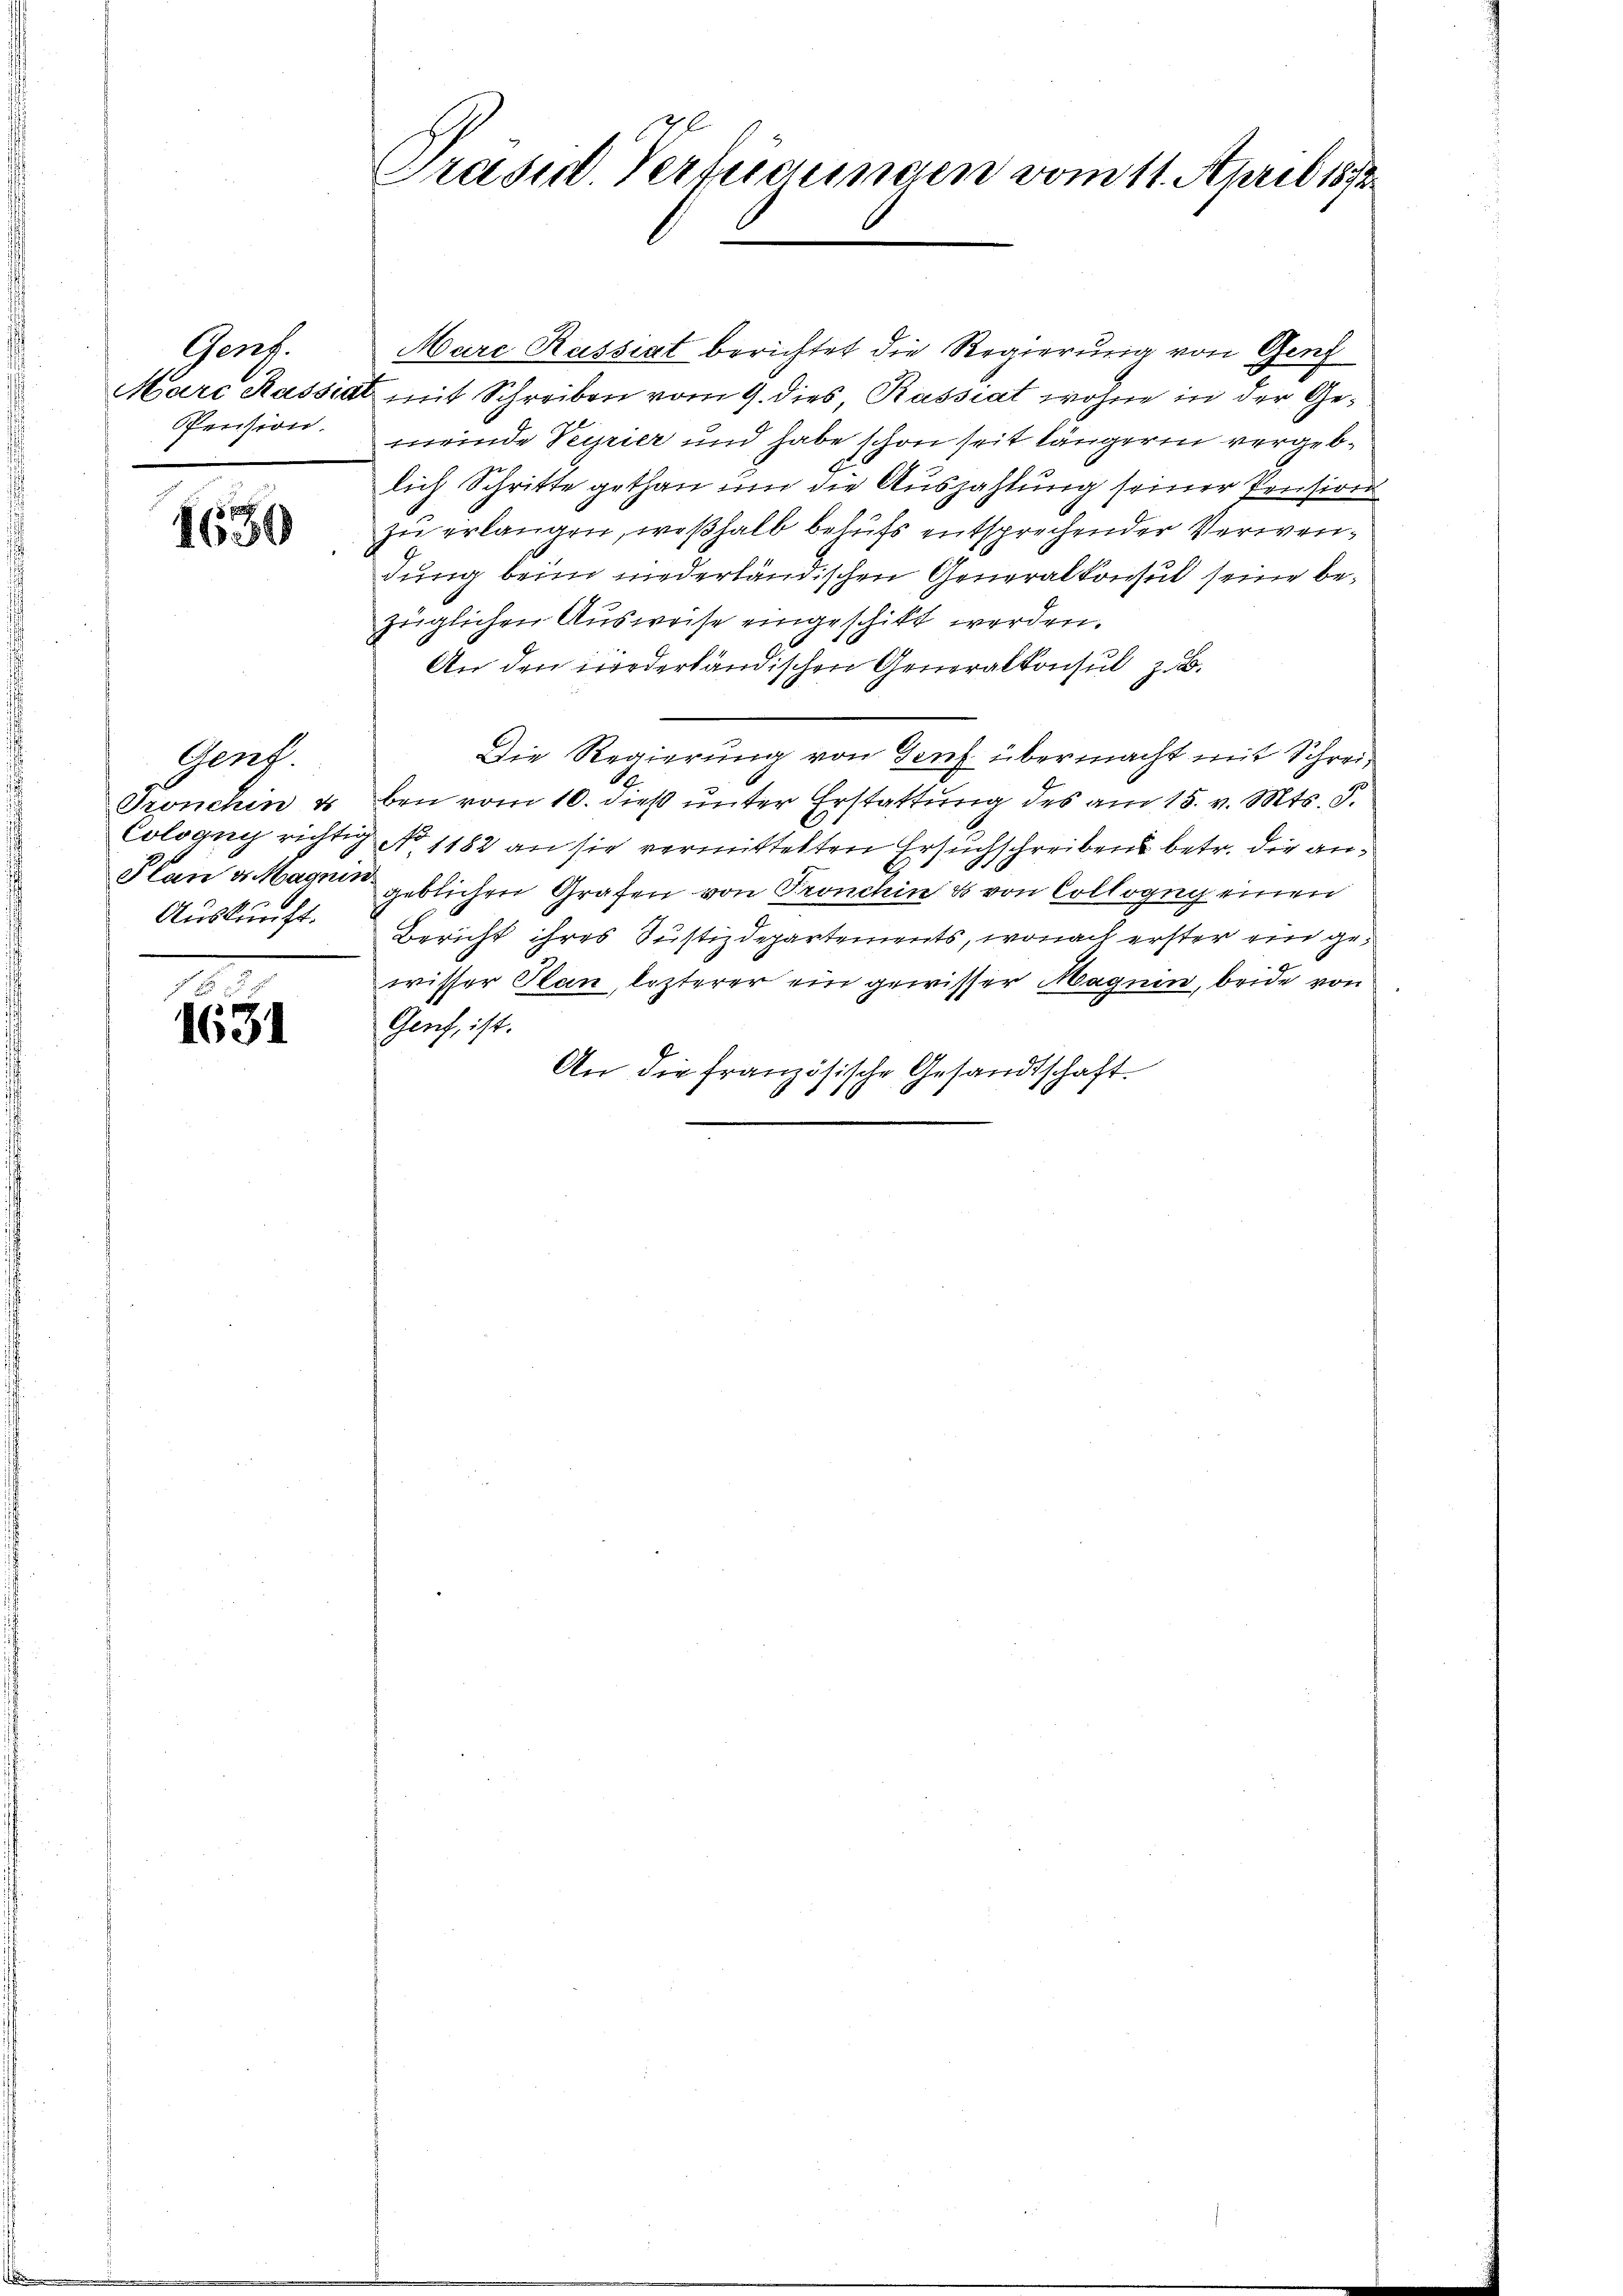
Genf.
Marc Rassen
Pension.

1630

Gent.
Tronchin u
Cologug richte
Plan ds Magnis
Auskunft.

1631

Präsid. Verfügungen vom 11. April 1892

Mare Kassiat berichtet die Regierung von Genf
& mit Schreiben vom 9. dies, Rassiat wohne in der Gemeinde Seyrier und habe schon seit längerin vergeblich Schritte gethan um die Auszahlung seiner Pension
zu erlangen, weßhalb behufs entsprechender Verwendung beim niederländischen Generalkonsul seine bezüglichen Ausweise eingeschikt werden.
An den wiederländischen Generalkonsul zu
Die Regierung von Genf übermacht mit Schreiben vom 10. dieß unter Erstattung des am 15. v. Mts. S.
No 1182 an sie vermittelten Ersuchschreibens betr. die angeblichen Grafen von Pronchin es von Collogug einen
Bericht ihres Justizdepartements, wonach erster ein gewisser Plan, lezterer ein gewisser Magnen, beide von
Genf, ist.
An die französische Gesandtschaft.
6